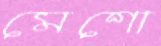
মেশো